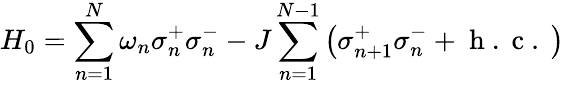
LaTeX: H_{0}=\sum_{n=1}^{N}\omega_{n}\sigma_{n}^{+}\sigma_{n}^{-}-J\sum_{n=1}^{N-1}\left(\sigma_{n+1}^{+}\sigma_{n}^{-}+\mathrm{~h~.~c~.~}\right)